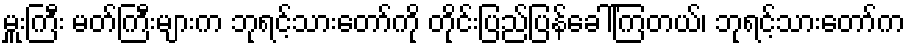
မှူးကြီး မတ်ကြီးများက ဘုရင့်သားတော်ကို တိုင်းပြည်ပြန်ခေါ်ကြတယ်၊ ဘုရင့်သားတော်က